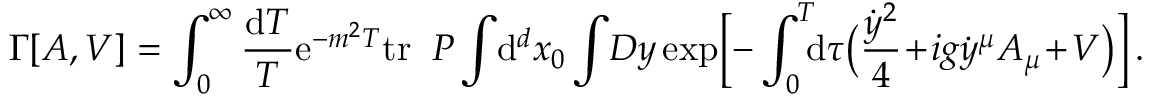
\Gamma [ A , V ] = \int _ { 0 } ^ { \infty } { \frac { \mathrm { d } T } { T } } \mathrm { e } ^ { - m ^ { 2 } T } \mathrm { t r } \; \; { \cal P } \int \! \mathrm { d } ^ { d } x _ { 0 } \int \! { \cal D } y \exp \Bigl [ - \int _ { 0 } ^ { T } \! \! \! \mathrm { d } \tau \bigl ( { \frac { \dot { y } ^ { 2 } } { 4 } } \! + \! i g \dot { y } ^ { \mu } A _ { \mu } \! + \! V \bigr ) \Bigr ] \, . \, \,